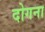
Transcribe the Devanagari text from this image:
दोगना